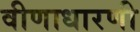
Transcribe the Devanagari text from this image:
वीणाधारणी